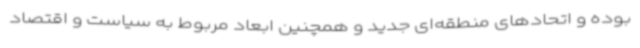
بوده و اتحادهای منطقه‌ای جدید و همچنین ابعاد مربوط به سیاست و اقتصاد